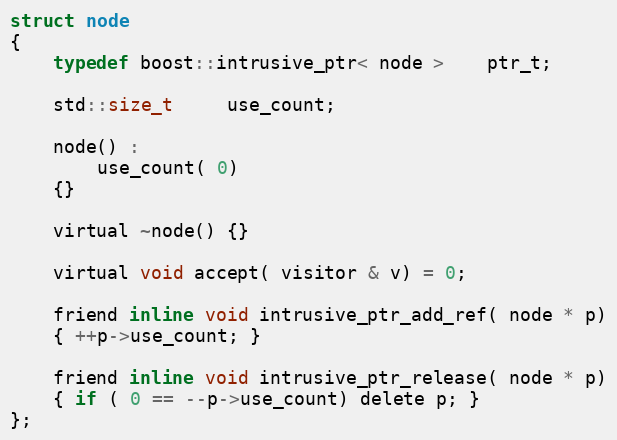
Language: C
struct node
{
    typedef boost::intrusive_ptr< node >    ptr_t;

    std::size_t     use_count;

    node() :
        use_count( 0)
    {}

    virtual ~node() {}

    virtual void accept( visitor & v) = 0;

    friend inline void intrusive_ptr_add_ref( node * p)
    { ++p->use_count; }

    friend inline void intrusive_ptr_release( node * p)
    { if ( 0 == --p->use_count) delete p; }
};